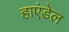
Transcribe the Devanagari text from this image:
हाएंडेल